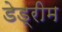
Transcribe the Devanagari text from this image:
डेड्रीम